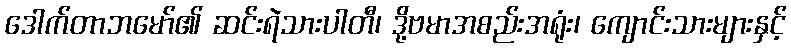
ဒေါက်တာဘမော်၏ ဆင်းရဲသားပါတီ၊ ဒို့ဗမာအစည်းအရုံး၊ ကျောင်းသားများနှင့်